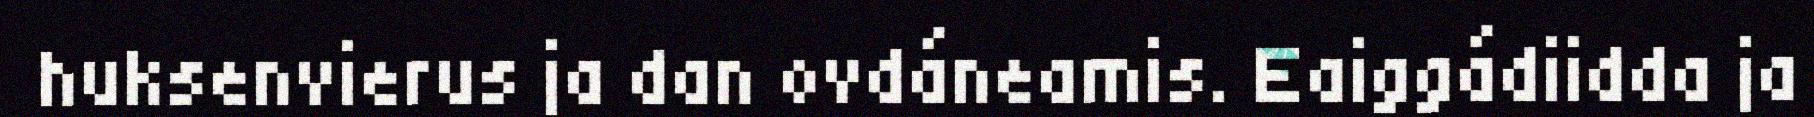
huksenvierus ja dan ovdáneamis. Eaiggádiidda ja